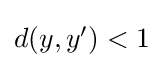
{\textstyle d(y,y')<1}